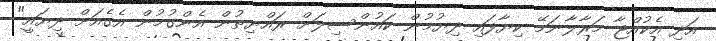
އަދި އެކުއްޖާ މަރާލާނަމޭ ކިޔާފައި ދިޔުމުން ކައުންސިލަށް ރައްޔިތުން އެންގުމުން އެގެއަށް ދިޔައީ"